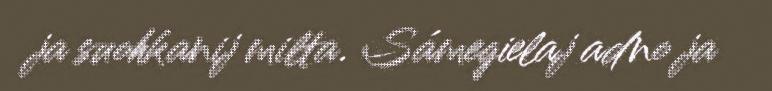
ja suohkanij milta. Sámegielaj adno ja